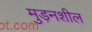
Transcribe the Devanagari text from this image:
मुड़नशील